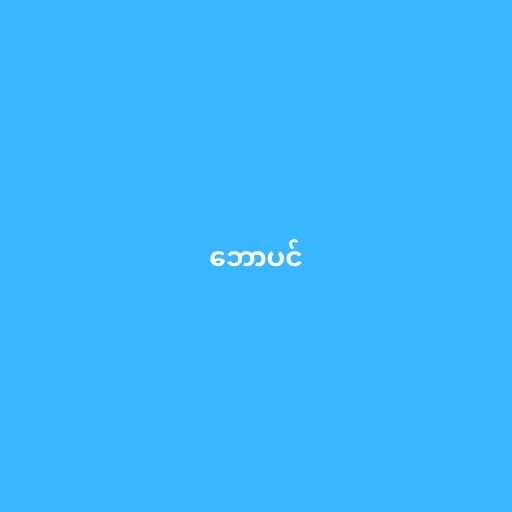
ဘောပင်